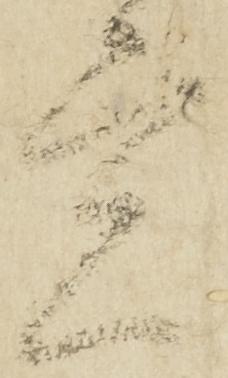
覚